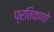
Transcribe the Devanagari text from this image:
प्रतिकणो